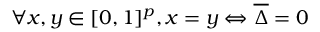
\forall x , y \in [ 0 , 1 ] ^ { p } , x = y \Leftrightarrow \overline { { \Delta } } = 0